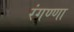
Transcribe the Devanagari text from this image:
रंगण्णा